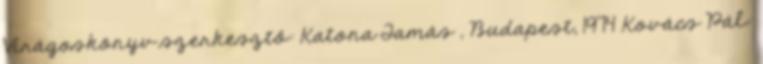
Virágoskönyv szerkesztő: Katona Tamás , Budapest, 1974 Kovács Pál: